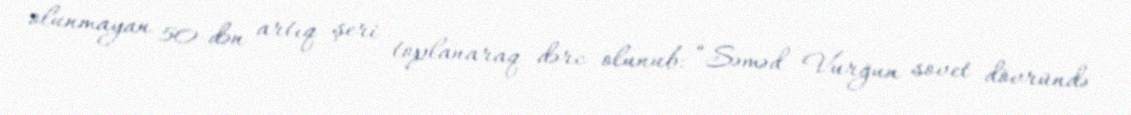
olunmayan 50-dən artıq şeri toplanaraq dərc olunub: “Səməd Vurğun sovet dövründə